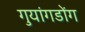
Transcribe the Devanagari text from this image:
गुयांगडोंग